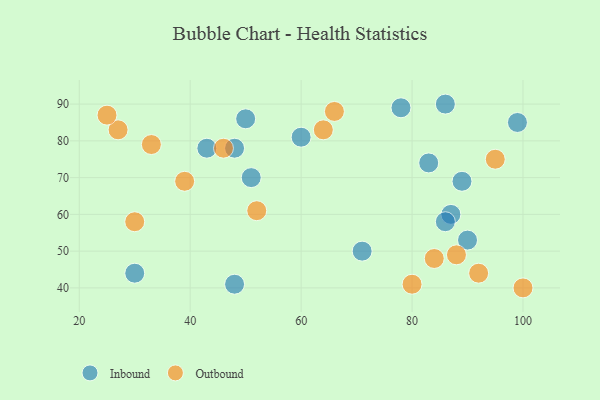
{"axis": {"x": "GDP", "y": "Life Expectancy"}, "legend": ["Inbound", "Outbound"], "data": [{"x": "51", "y": 70, "type": "Inbound"}, {"x": "60", "y": 81, "type": "Inbound"}, {"x": "87", "y": 60, "type": "Inbound"}, {"x": "71", "y": 50, "type": "Inbound"}, {"x": "50", "y": 86, "type": "Inbound"}, {"x": "99", "y": 85, "type": "Inbound"}, {"x": "83", "y": 74, "type": "Inbound"}, {"x": "30", "y": 44, "type": "Inbound"}, {"x": "86", "y": 58, "type": "Inbound"}, {"x": "90", "y": 53, "type": "Inbound"}, {"x": "86", "y": 90, "type": "Inbound"}, {"x": "43", "y": 78, "type": "Inbound"}, {"x": "48", "y": 78, "type": "Inbound"}, {"x": "89", "y": 69, "type": "Inbound"}, {"x": "48", "y": 41, "type": "Inbound"}, {"x": "78", "y": 89, "type": "Inbound"}, {"x": "100", "y": 40, "type": "Outbound"}, {"x": "64", "y": 83, "type": "Outbound"}, {"x": "27", "y": 83, "type": "Outbound"}, {"x": "46", "y": 78, "type": "Outbound"}, {"x": "88", "y": 49, "type": "Outbound"}, {"x": "95", "y": 75, "type": "Outbound"}, {"x": "80", "y": 41, "type": "Outbound"}, {"x": "25", "y": 87, "type": "Outbound"}, {"x": "52", "y": 61, "type": "Outbound"}, {"x": "30", "y": 58, "type": "Outbound"}, {"x": "33", "y": 79, "type": "Outbound"}, {"x": "39", "y": 69, "type": "Outbound"}, {"x": "66", "y": 88, "type": "Outbound"}, {"x": "84", "y": 48, "type": "Outbound"}, {"x": "92", "y": 44, "type": "Outbound"}]}